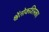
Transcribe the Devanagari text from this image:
श्वेंतोकशिस्का